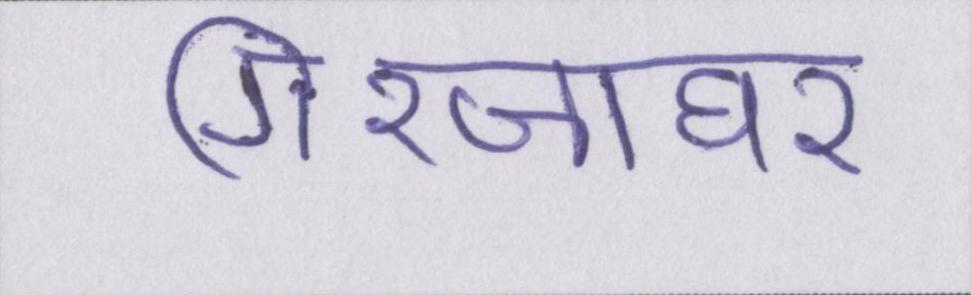
गिरजाघर